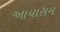
આયારામ